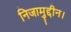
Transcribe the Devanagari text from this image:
निजामुद्दीन।